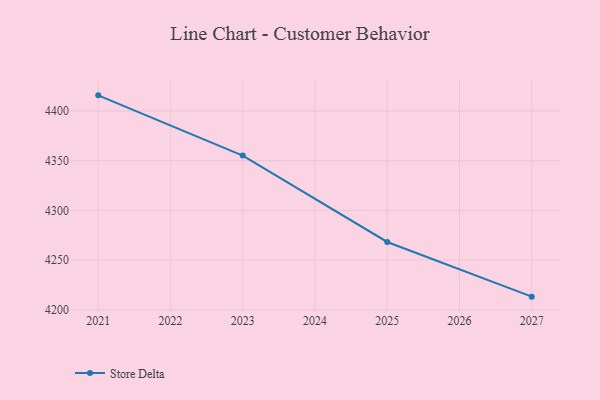
{"axis": {"x": "Year", "y": "Backlog"}, "legend": ["Store Delta"], "data": [{"x": "2027", "y": 4213.2, "type": "Store Delta"}, {"x": "2025", "y": 4268.2, "type": "Store Delta"}, {"x": "2023", "y": 4355.1, "type": "Store Delta"}, {"x": "2021", "y": 4415.7, "type": "Store Delta"}]}